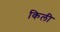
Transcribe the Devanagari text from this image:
किली